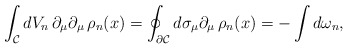
\begin{align*}\int_{\cal{C}}dV_{n}\,\partial_{\mu}\partial_{\mu}\,\rho_{n}(x)=\oint_{\partial\cal{C}}d\sigma_{\mu}\partial_{\mu}\,\rho_{n}(x)=-\int d\omega_{n},\end{align*}